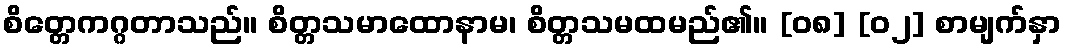
စိတ္တေကဂ္ဂတာသည်။ စိတ္တသမာထောနာမ၊ စိတ္တသမထမည်၏။ [၀၈] [၀၂] စာမျက်နှာ